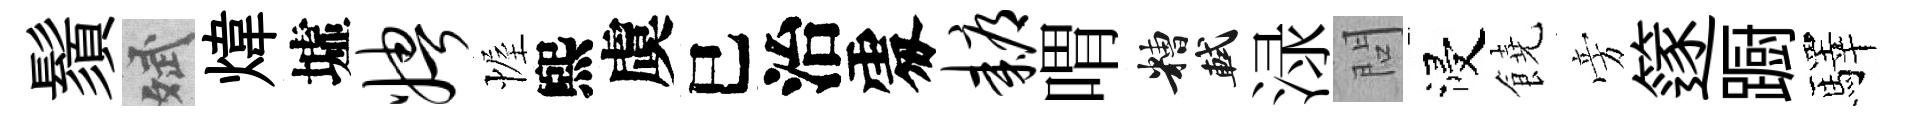
鬚斌煒墟娉幄煕虞巳治𠁅耨喟糟軾渌問浸饒旁篴蹰驛